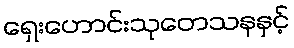
ရှေးဟောင်းသုတေသနနှင့်